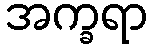
အက္ခရာ